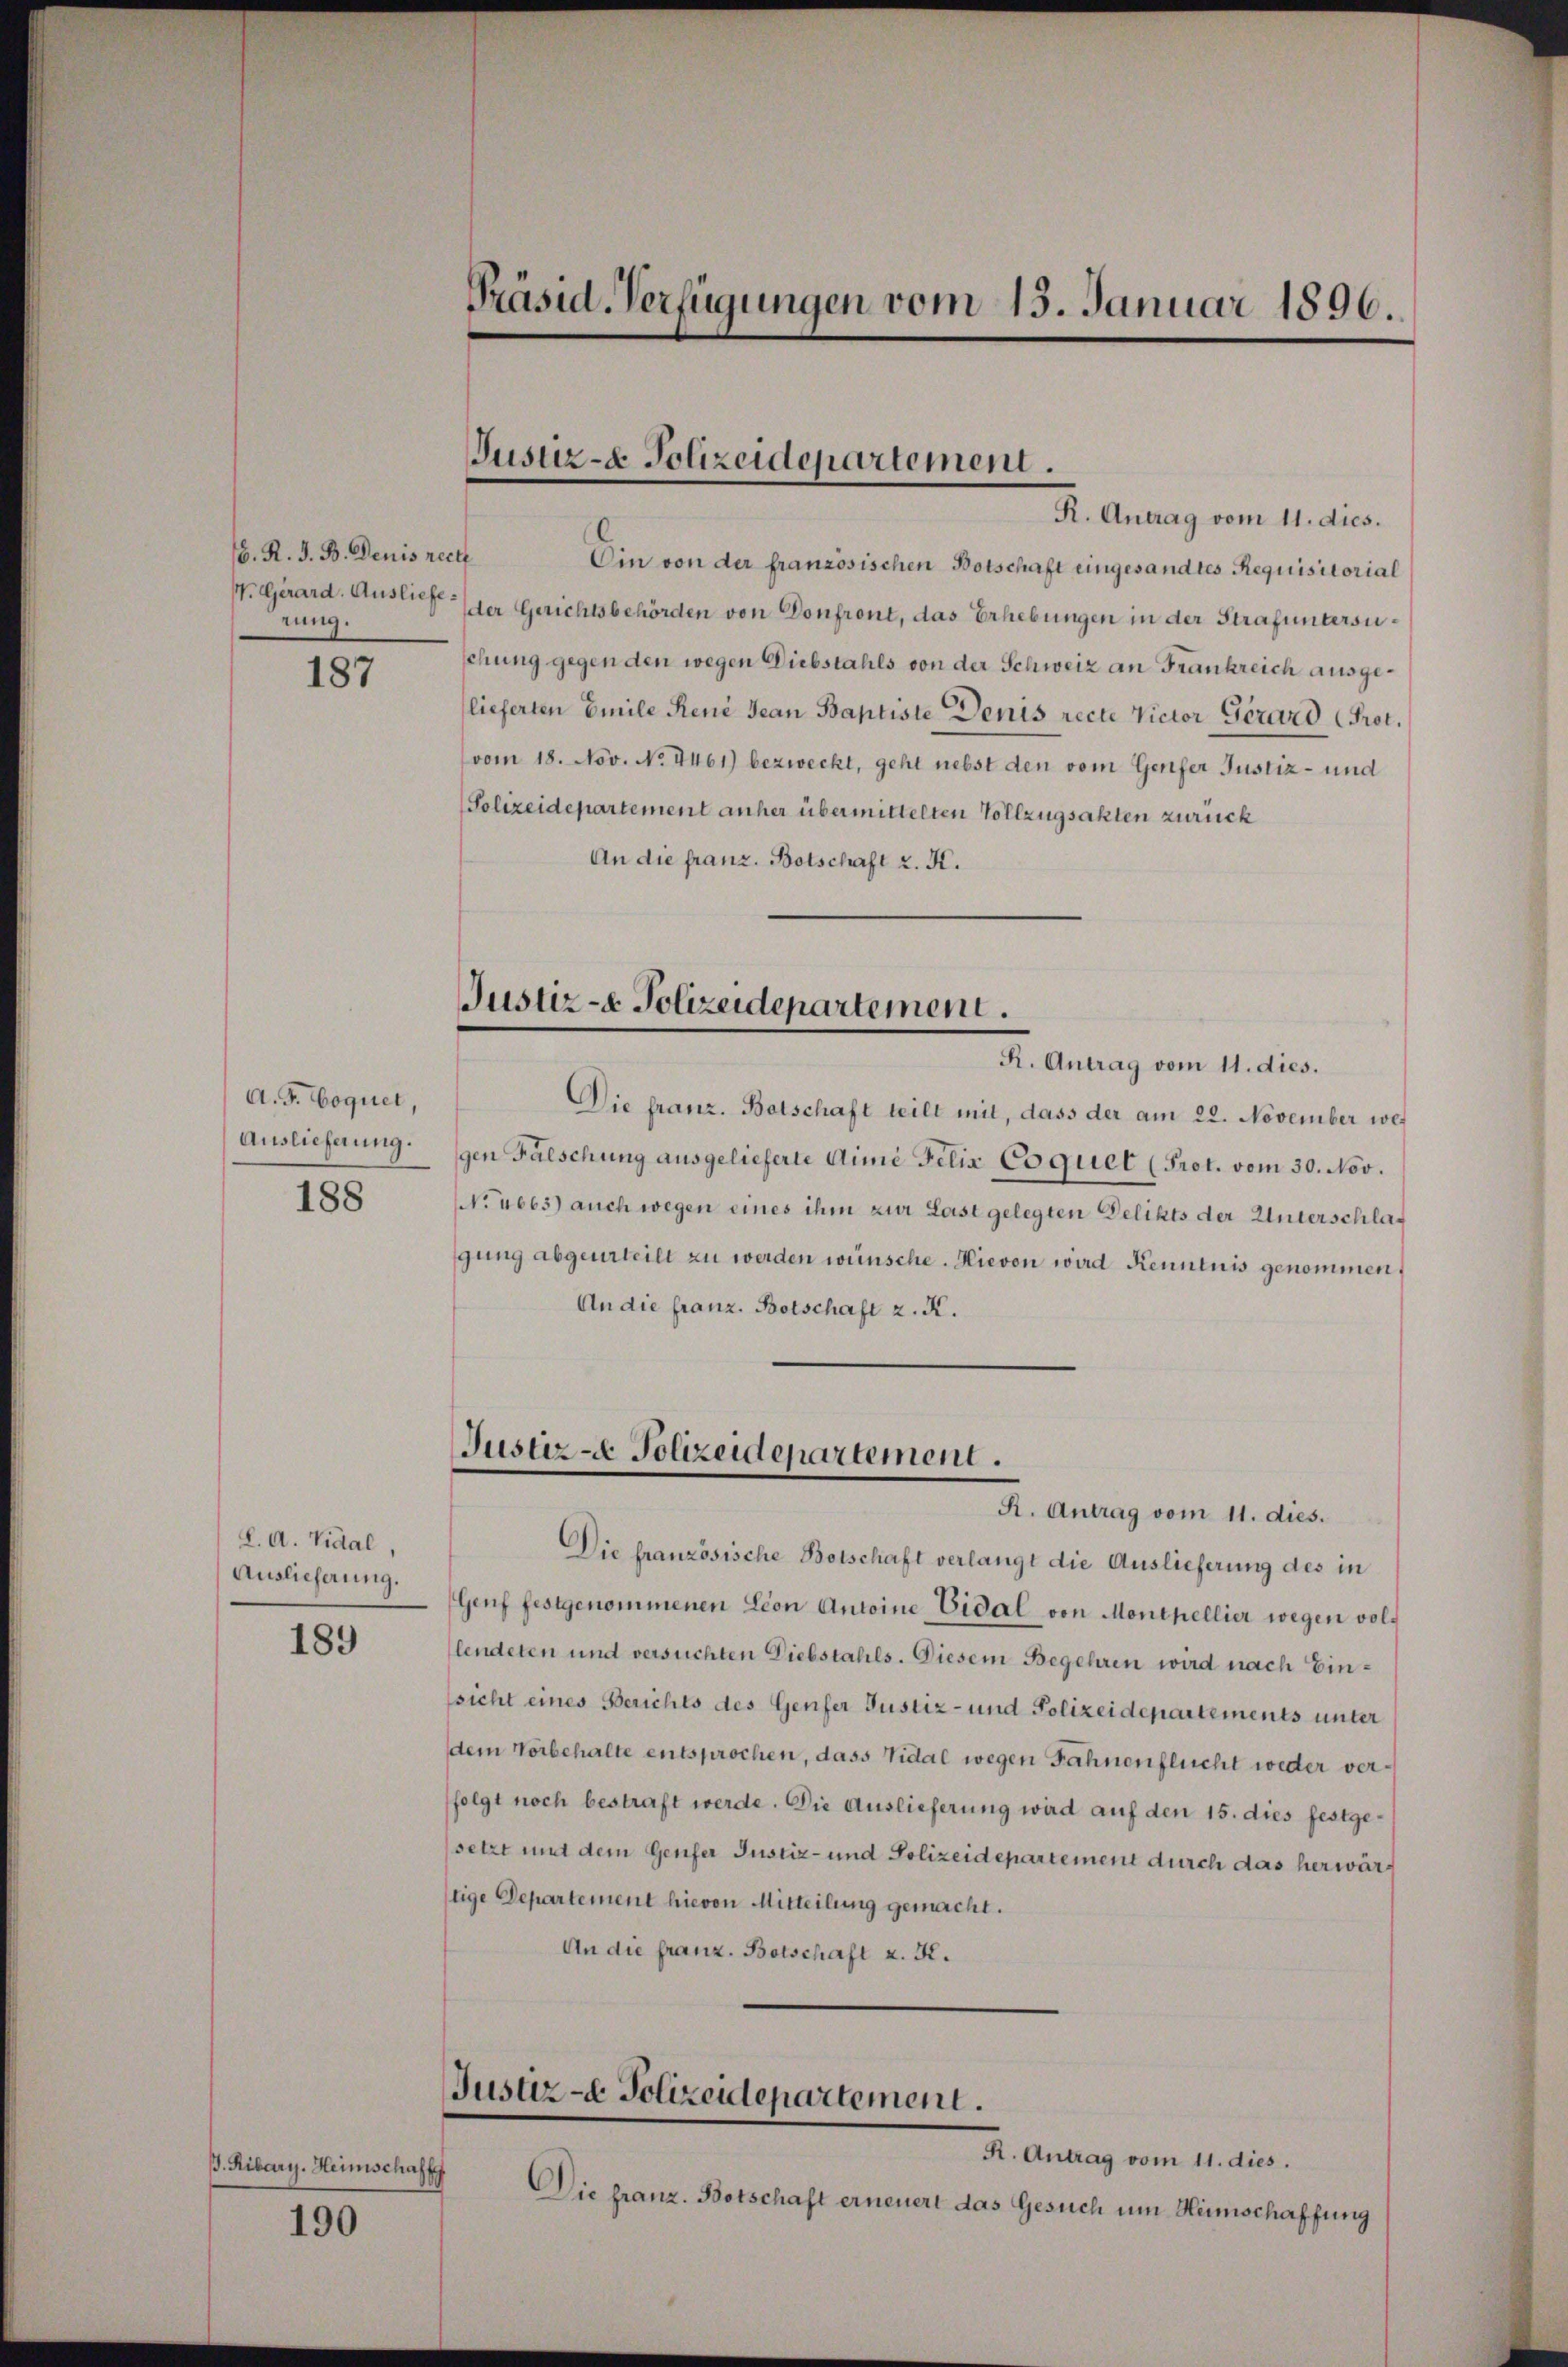
b. R. G. B. Denis rect
rung.

187

A. G. Coquet,
Auslieferung.
188

L. A. Vidal,
Auslieferung.
189

B. Ribary. Heimschaff

190

Präsid. Verfügungen vom 15. Januar 1896.

R. Antrag vom 11. dies.
Ein von der französischen Botschaft eingesandtes Requisitorial
. Girard. Ausliefe der Gerichtsbehörden von Donfront, das Erhebungen in der Strafuntersuschung gegen den wegen Diebstahls von der Schweiz an Frankreich ausgelieferten Emile René Jean Baptiste Denis recte Victor Girard Prot.
vom 18. Nov. No. 4461) bezweckt, geht nebst den vom Genfer Justiz- und
(Polizeidepartement anher übermittelten Vollzugsakten zurück
An die franz. Botschaft z. K.
R. Antrag vom 11. dies.
Die franz. Botschaft teilt mit, dass der am 22. November wegen Fälschung ausgelieferte dimi Felix Coquet (Prot. vom 30. Nov.
No 4663) auch wegen eines ihm zur Last gelegten Delikts der Unterschlaf
gung abgeurteilt zu werden wünsche. Hievon wird Kenntnis genommen,
An die franz. Botschaft z. K.
Justiz- Polizeidepartement.
R. Antrag vom 11. dies.
Die französische Botschaft verlangt die Auslieferung des in
Genf festgenommenen Lion Antoine Eidal von Monthellier wegen vollendeten und versuchten Diebstahls. Diesem Begehren wird nach Einsicht eines Berichts des Genfer Justiz- und Polizeidepartements unter
dem Vorbehalte entsprochen, dass Vidal wegen Fahnenflucht weder verfolgt noch bestraft werde. Die Auslieferung wird auf den 15. dies festgesetzt mit dem Genfer Justiz- und Polizeidepartement durch das herwärstige Departement hievon Mitteilung gemacht.
An die franz. Botschaft z. K.
Justiz- & Polizeidepartement.
R. Antrag vom 11. dies.
Die franz. Botschaft erneuert das Gesuch um Heimschaffung

Justiz- & Polizeidepartement.

Justiz- & Polizeidepartement.